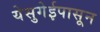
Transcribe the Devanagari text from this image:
येसुगेईपासून